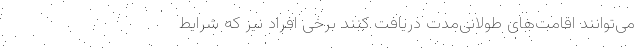
می‌توانند اقامت‌های طولانی‌مدت دریافت کنند برخی افراد نیز که شرایط